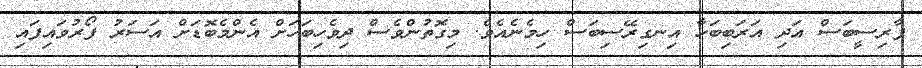
ފާރިސީބަސް އަދި އަރަބިބަހާ އިނގިރޭސިބަސް ހިމެނެއެވެ. މިގޮތުންވެސް ދިވެހިބަހަށް އެންމެބޮޑަށް އަސަރު ފޯރުވައިފައި